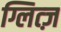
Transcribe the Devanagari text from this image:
ग्लित्ज़